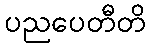
ပညပေတီတိ